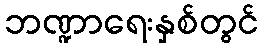
ဘဏ္ဍာရေးနှစ်တွင်